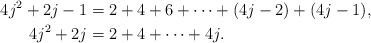
LaTeX: \begin{align*} 4j^2 + 2j-1 &= 2+4+6+\dots+(4j-2)+(4j-1),\\ 4j^2 +2j &= 2+4+\dots+4j.\end{align*}